Medical and sanitary report of the native army of Madras for the year
Year: 1878
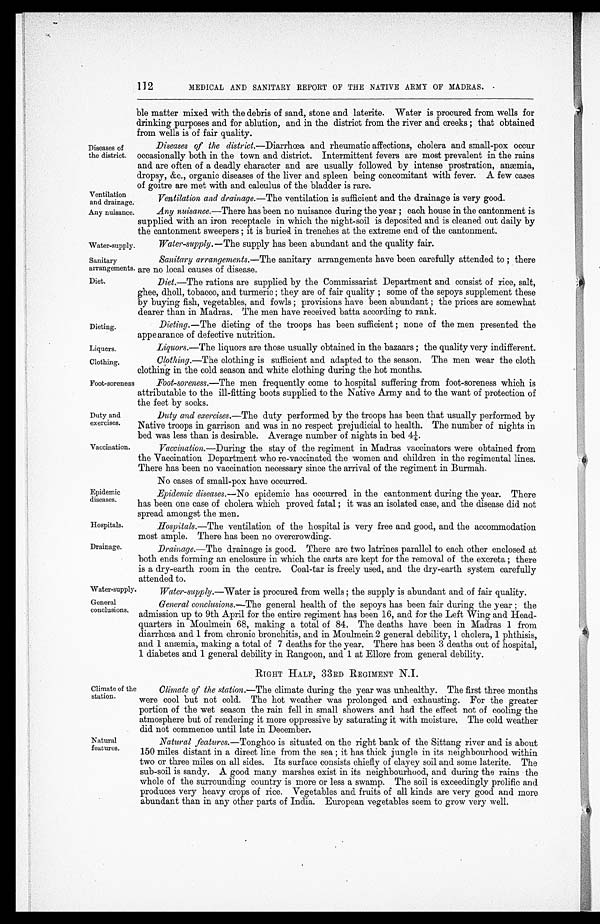
Ventilation
and drainage.
Any nuisance.
Sanitary
arrangements.
Diet.
Dieting.
Liquors.
Clothing.
Duty and
exercises.
Vaccination.
Epidemic
diseases.
Hospitals.
Drainage.
112
MEDICAL AND SANITARY REPORT OF THE NATIVE ARMY OF MADRAS.
Diseases of
the district.
ble matter mixed with the debris of sand, stone and laterite. Water is procured from wells for
drinking purposes and for ablution, and in the district from the river and creeks; that obtained
from wells is of fair quality.
Diseases of the district. —Diarrhœa and rheumatic affections, cholera and small-pox occur
occasionally both in the town and district. Intermittent fevers are most prevalent in the rains
and are often of a deadly character and are usually followed by intense prostration, anæmia,
dropsy, &c., organic diseases of the liver and spleen being concomitant with fever. A few cases
of goitre are met with and calculus of the bladder is rare.
Ventilation and drainage.— The ventilation is sufficient and the drainage is very good.
Any nuisance.— There has been no nuisance during the year; each house in the cantonment is
supplied with an iron receptacle in which the night-soil is deposited and is cleaned out daily by
the cantonment sweepers; it is buried in trenches at the extreme end of the cantonment.
Water-supply
Water-supply.— The supply has been abundant and the quality fair.
Sanitary arrangements.— The sanitary arrangements have been carefully attended to; there
are no local causes of disease.
Diet.—The rations are supplied by the Commissariat Department and consist of rice, salt,
ghee, dholl, tobacco, and turmeric; they are of fair quality; some of the sepoys supplement these
by buying fish, vegetables, and fowls; provisions have been abundant; the prices are somewhat
dearer than in Madras. The men have received batta according to rank.
Dieting.— The dieting of the troops has been sufficient; none of the men presented the
appearance of defective nutrition.
Liquors.—The liquors are those usually obtained in the bazaars; the quality very indifferent.
Clothing.—The clothing is sufficient and adapted to the season. The men wear the cloth
clothing in the cold season and white clothing during the hot months.
Foot-soreness Foot-soreness.—The men frequently come to hospital suffering from foot-soreness which is
attributable to the ill-fitting boots supplied to the Native Army and to the want of protection of
the feet by socks.
Duty and exercises.—The duty performed by the troops has been that usually performed by
Native troops in garrison and was in no respect prejudicial to health. The number of nights in
bed was less than is desirable. Average number of nights in bed 4¼.
Vaccination.— During the stay of the regiment in Madras vaccinators were obtained from
the Vaccination Department who re-vaccinated the women and children in the regimental lines.
There has been no vaccination necessary since the arrival of the regiment in Burmah.
No cases of small-pox have occurred.
Epidemic diseases.— No epidemic has occurred in the cantonment during the year. There
has been one case of cholera which proved fatal; it was an isolated case, and the disease did not
spread amongst the men.
Hospitals.— The ventilation of the hospital is very free and good, and the accommodation
most ample. There has been no overcrowding.
Drainage.—The
drainage is good. There are two latrines parallel to each other enclosed at
both ends forming an enclosure in which the carts are kept for the removal of the excreta; there
is a dry-earth room in the centre. Coal-tar is freely used, and the dry-earth system carefully
attended to.
Water-supply.
Water-supply.—Water is procured from wells; the supply is abundant and of fair quality.
General
conclusions.
General conclusions.— The general health of the sepoys has been fair during the year; the
admission up to 9th April for the entire regiment has been 16, and for the Left Wing and Head
-quarters in Moulmein 68, making a total of 84. The deaths have been in Madras 1 from
diarrhœa and 1 from chronic bronchitis, and in Moulmein 2 general debility, 1 cholera, 1 phthisis,
and 1 anæmia, making a total of 7 deaths for the year. There has been 3 deaths out of hospital,
1 diabetes and 1 general debility in Rangoon, and 1 at Ellore from general debility.
RIGHT HALF, 33RD REGIMENT N.I.
Climate of the
station.
Natural
features.
Climate of the station.—The climate during the year was unhealthy. The first three months
were cool but not cold. The hot weather was prolonged and exhausting. For the greater
portion of the wet season the rain fell in small showers and had the effect not of cooling the
atmosphere but of rendering it more oppressive by saturating it with moisture. The cold weather
did not commence until late in December.
Natural features.— Tonghoo is situated on the right bank of the Sittang river and is about
150 miles distant in a direct line from the sea; it has thick jungle in its neighbourhood within
two or three miles on all sides. Its surface consists chiefly of clayey soil and some laterite. The
sub-soil is sandy. A good many marshes exist in its neighbourhood, and during the rains the
whole of the surrounding country is more or less a swamp. The soil is exceedingly prolific and
produces very heavy crops of rice. Vegetables and fruits of all kinds are very good and more
abundant than in any other parts of India. European vegetables seem to grow very well.